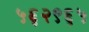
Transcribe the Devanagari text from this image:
५६२९६५